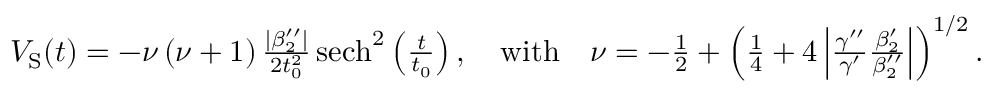
\begin{array} { r } { V _ { \mathrm { { S } } } ( t ) = - \nu \, ( \nu + 1 ) \, \frac { | \beta _ { 2 } ^ { \prime \prime } | } { 2 t _ { 0 } ^ { 2 } } \, { \mathrm { s e c h } } ^ { 2 } \left( \frac { t } { t _ { 0 } } \right) , \quad \mathrm { w i t h } \quad \nu = - \frac { 1 } { 2 } + \left( \frac { 1 } { 4 } + 4 \left| \frac { \gamma ^ { \prime \prime } } { \gamma ^ { \prime } } \frac { \beta _ { 2 } ^ { \prime } } { \beta _ { 2 } ^ { \prime \prime } } \right| \right) ^ { 1 / 2 } . } \end{array}